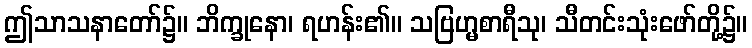
ဤသာသနာတော်၌။ ဘိက္ခုနော၊ ရဟန်း၏။ သဗြဟ္မစာရီသု၊ သီတင်းသုံးဖော်တို့၌။